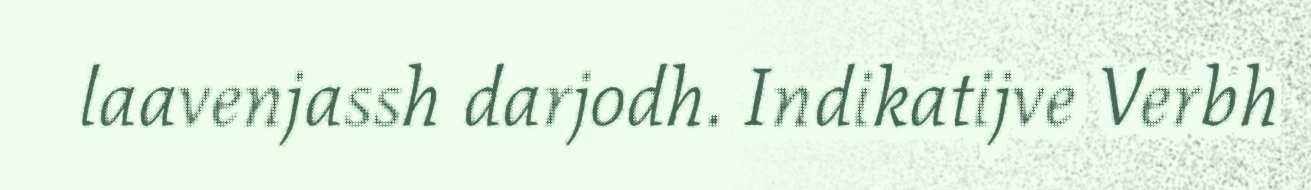
laavenjassh darjodh. Indikatijve Verbh